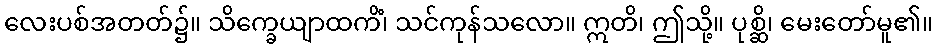
လေးပစ်အတတ်၌။ သိက္ခေယျာထကိံ၊ သင်ကုန်သလော။ ဣတိ၊ ဤသို့။ ပုစ္ဆိ၊ မေးတော်မူ၏။